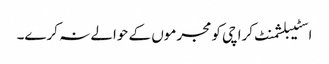
اسٹیبلشمنٹ کراچی کو مجرموں کے حوالے نہ کرے۔